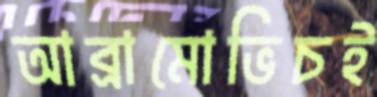
আব্রামোভিচই